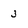
Character: 3